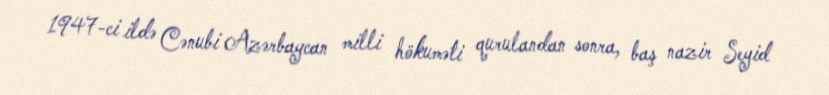
1947-ci ildə Cənubi Azərbaycan milli hökuməti qurulandan sonra, baş nazir Seyid